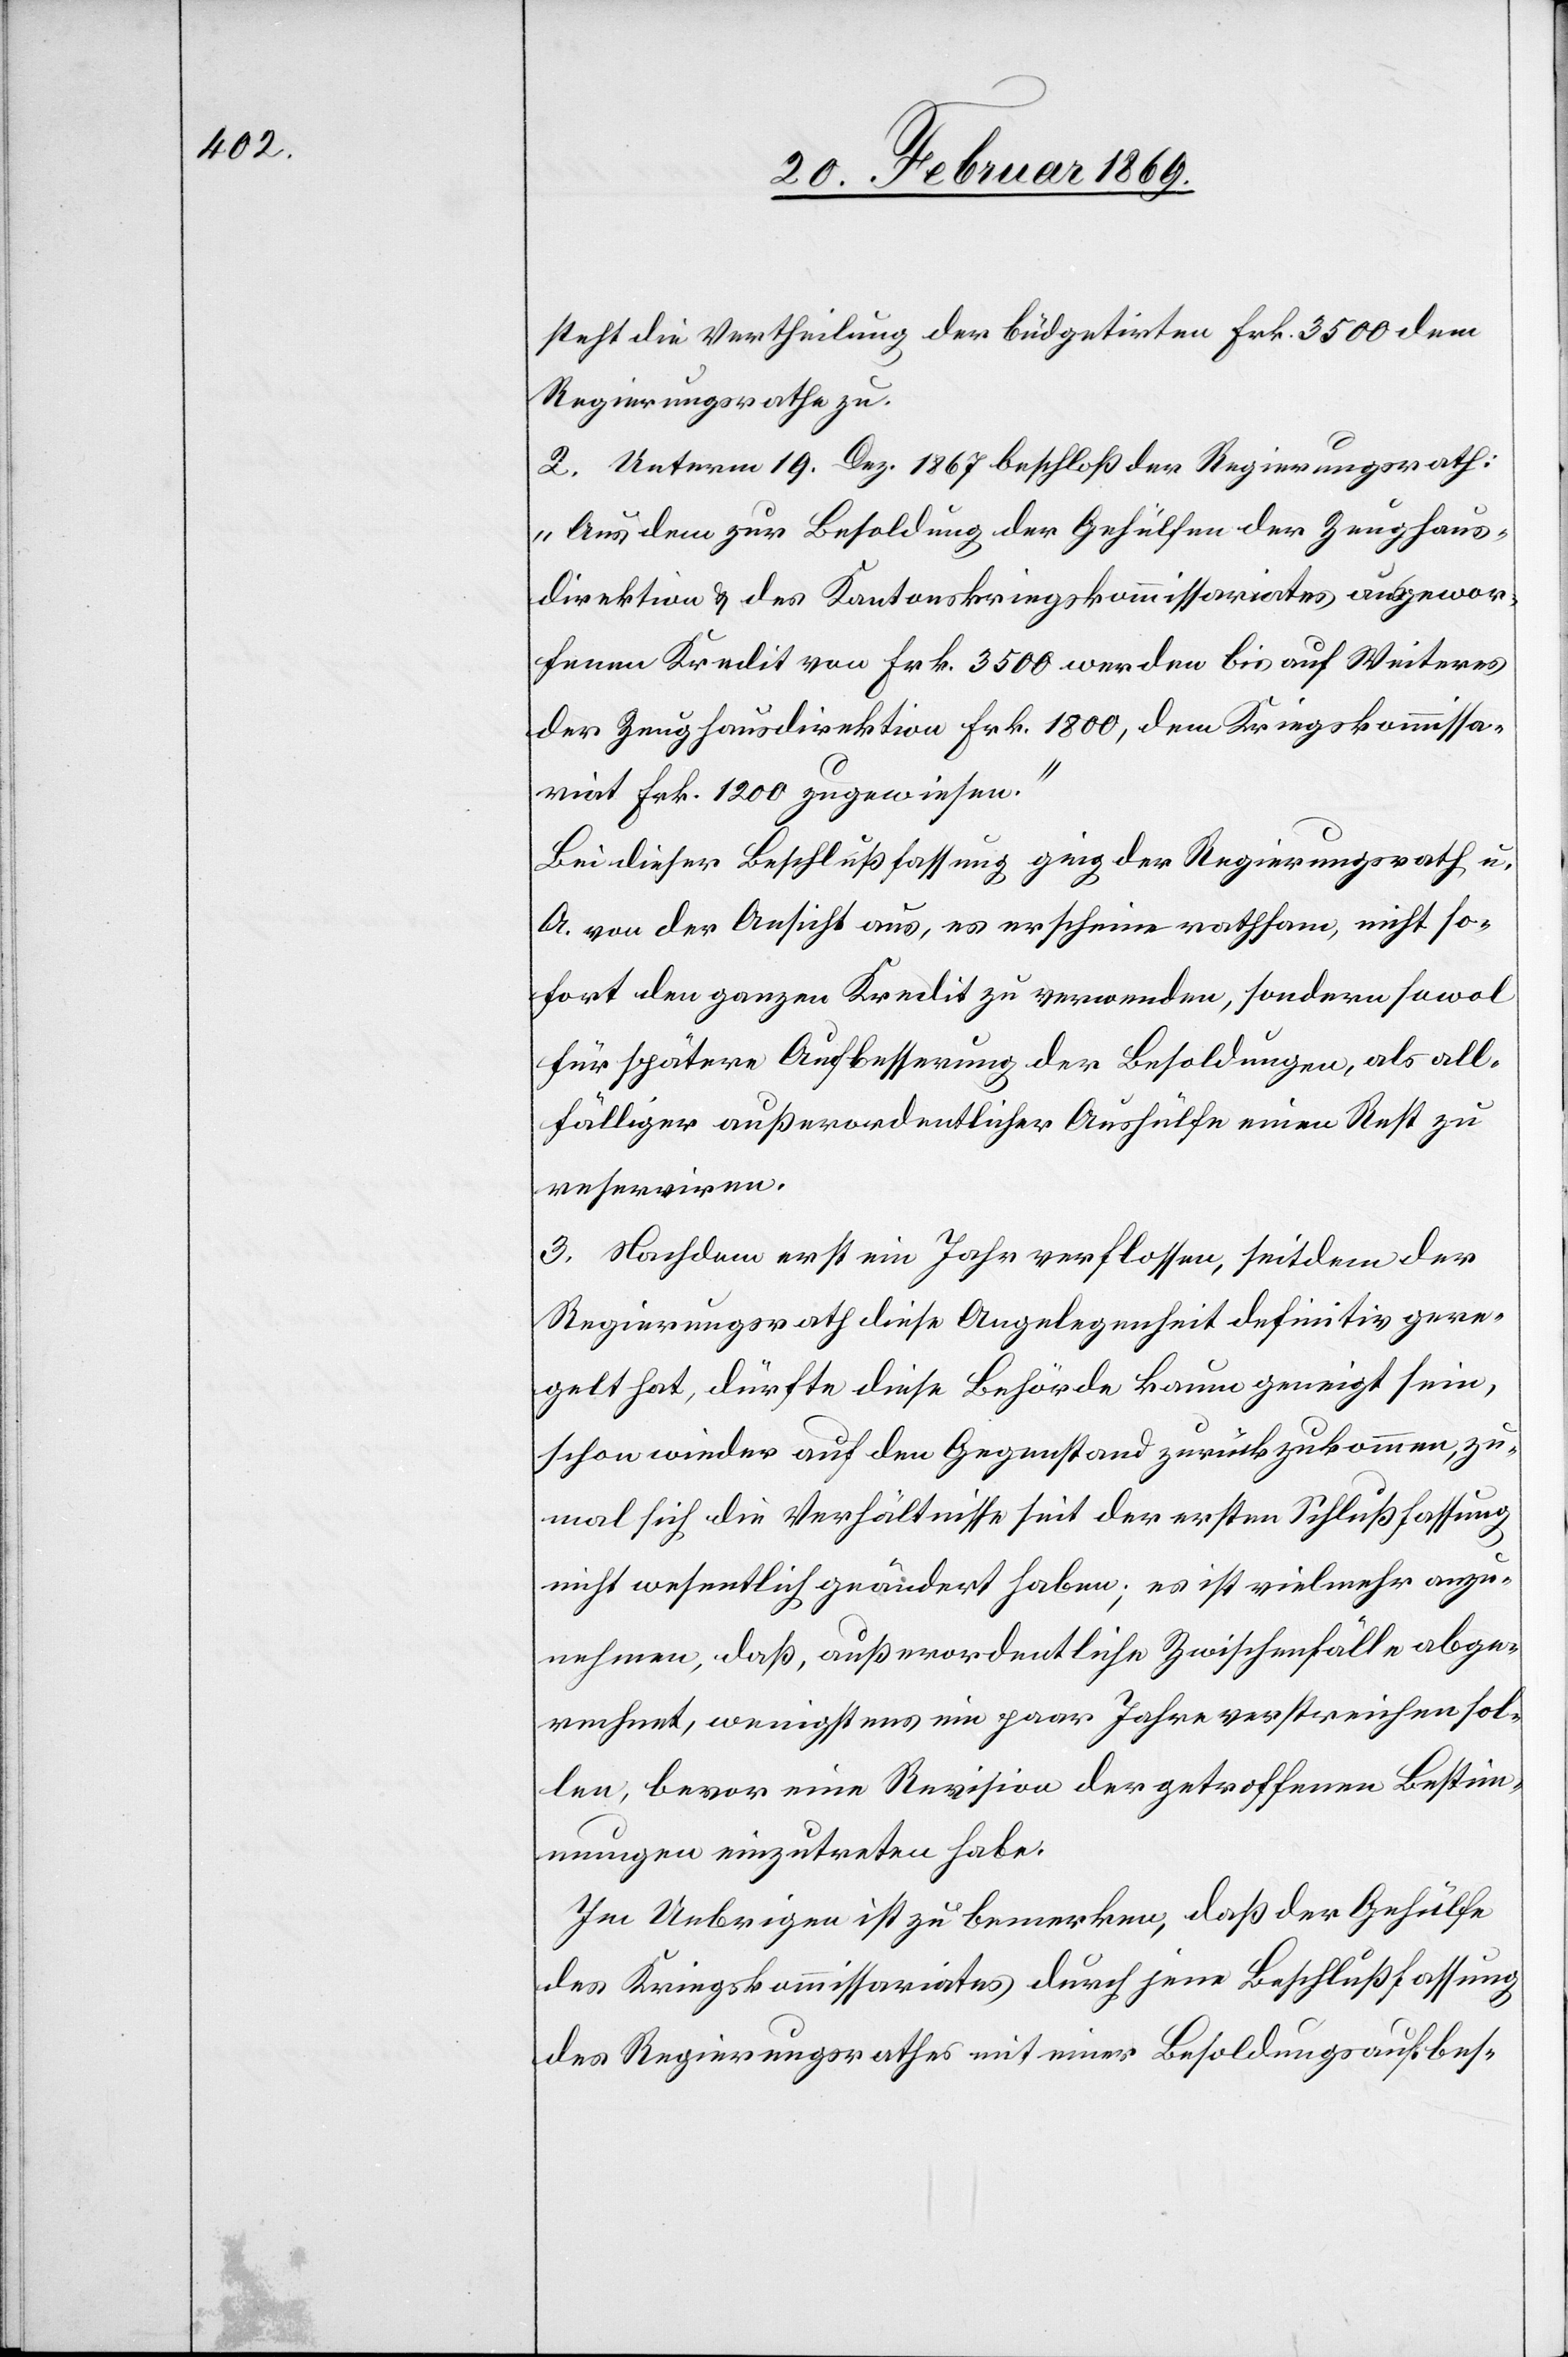
steht die Vertheilung der büdgetirten Frk. 3500 dem
Regierungsrathe zu.
2. Unterm 19. Dez. 1867 beschloß der Regierungsrath:
„Aus dem zur Besoldung der Gehülfen der Zeughaus¬
direktion & des Kantonskriegskommissariates ausgewor¬
fenen Kredit von Frk. 3500 werden bis auf Weiteres
der Zeughausdirektion Frk. 1800, dem Kriegskommissa¬
riat Frk. 1200 zugewiesen.“
Bei dieser Beschlußfassung ging der Regierungsrath, u.
A. von der Ansicht aus, es erschiene rathsam, nicht so¬
fort den ganzen Kredit zu verwenden, sondern sowol
für spätere Aufbesserung der Besoldungen, als all¬
fälliger außerordentlicher Aushülfe einen Rest zu
reserviren.
3. Nachdem erst ein Jahr verflossen, seitdem der
Regierungsrath diese Angelegenheit definitiv gere¬
gelt hat, dürfte diese Behörde kaum geneigt sein,
schon wieder auf den Gegenstand zurückzukommen, zu¬
mal sich die Verhältnisse seit der ersten Schlußfassung
nicht wesentlich geändert haben; es ist vielmehr anzu¬
nehmen, daß, außerordentliche Zwischenfälle abge¬
rechnet, wenigstens ein paar Jahre verstreichen sol¬
len, bevor eine Revision der getroffenen Bestim¬
mungen einzutreten habe.
Im Uebrigen ist zu bemerken, daß der Gehülfe
das Kriegskommissariates durch jene Beschlußfassung
des Regierungsrathes mit einer Besoldungsaufbes-